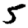
Digit: 5